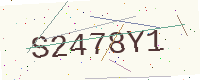
Text: S2478Y1